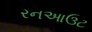
રનઆઉટ